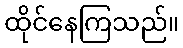
ထိုင်နေကြသည်။